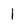
Character: 1